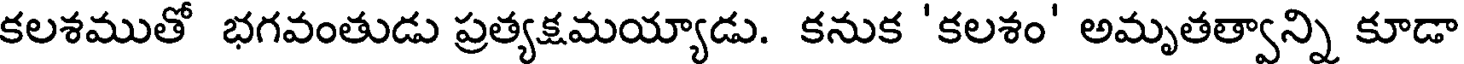
కలశముతో భగవంతుడు ప్రత్యక్షమయ్యాడు. కనుక 'కలశం' అమృతత్వాన్ని కూడా